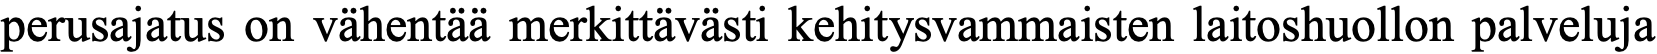
perusajatus on vähentää merkittävästi kehitysvammaisten laitoshuollon palveluja